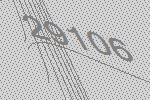
29106